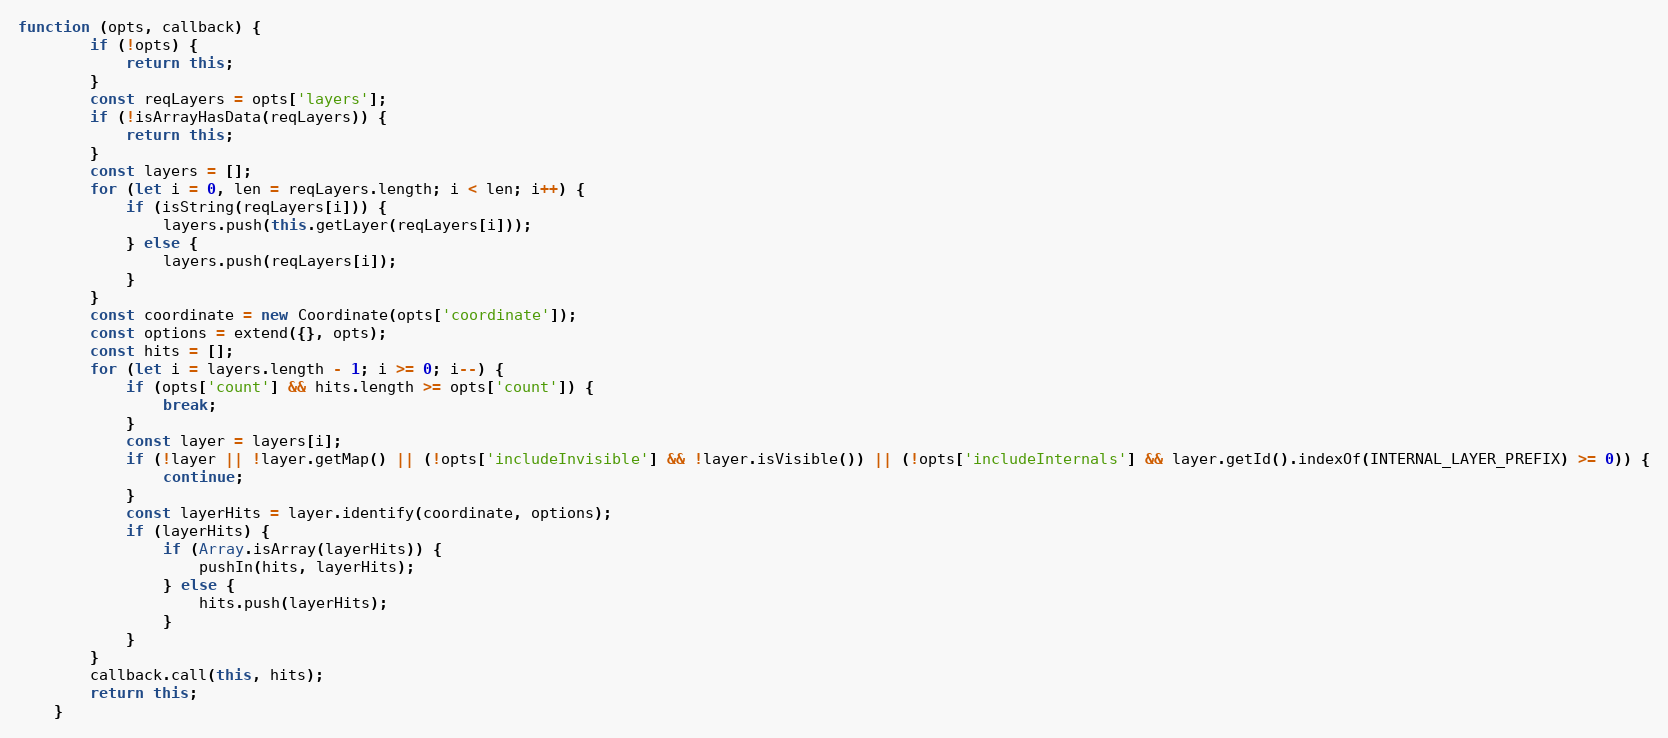
Language: JavaScript
function (opts, callback) {
        if (!opts) {
            return this;
        }
        const reqLayers = opts['layers'];
        if (!isArrayHasData(reqLayers)) {
            return this;
        }
        const layers = [];
        for (let i = 0, len = reqLayers.length; i < len; i++) {
            if (isString(reqLayers[i])) {
                layers.push(this.getLayer(reqLayers[i]));
            } else {
                layers.push(reqLayers[i]);
            }
        }
        const coordinate = new Coordinate(opts['coordinate']);
        const options = extend({}, opts);
        const hits = [];
        for (let i = layers.length - 1; i >= 0; i--) {
            if (opts['count'] && hits.length >= opts['count']) {
                break;
            }
            const layer = layers[i];
            if (!layer || !layer.getMap() || (!opts['includeInvisible'] && !layer.isVisible()) || (!opts['includeInternals'] && layer.getId().indexOf(INTERNAL_LAYER_PREFIX) >= 0)) {
                continue;
            }
            const layerHits = layer.identify(coordinate, options);
            if (layerHits) {
                if (Array.isArray(layerHits)) {
                    pushIn(hits, layerHits);
                } else {
                    hits.push(layerHits);
                }
            }
        }
        callback.call(this, hits);
        return this;
    }